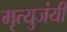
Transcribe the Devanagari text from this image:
मृत्युजंयी